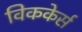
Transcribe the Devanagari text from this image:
विककेर्स